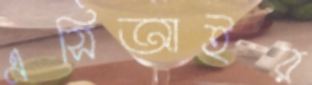
এসিআইর